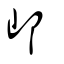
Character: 邖